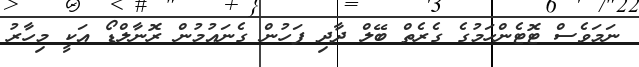
ނަމަވެސް ޓޮޓެންހަމުގެ ގެރެތް ބޭލް ދާދި ފަހުން ގެނައުމުން ރޮނާލްޑޯ އަކީ މިހާރު